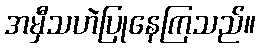
အမှီသဟဲပြုနေကြသည်။